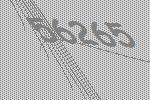
56265